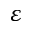
\varepsilon